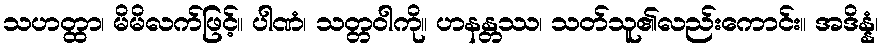
သဟတ္ထာ၊ မိမိလက်ဖြင့်။ ပါဏံ၊ သတ္တဝါကို။ ဟနန္တဿ၊ သတ်သူ၏လည်းကောင်း။ အဒိန္နံ၊